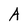
Character: A